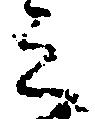
之